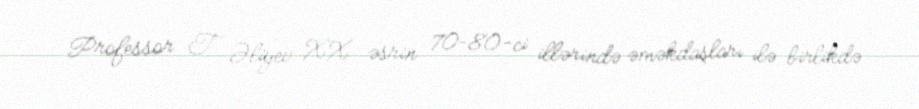
Professor T. Əliyev XX əsrin 70–80-ci illərində əməkdaşları ilə birlikdə